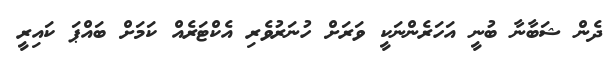
ދެން ޝަބާނާ ބުނީ އަހަރެންނަކީ ވަރަށް ހުނަރުވެރި އެކްޓަރެއް ކަމަށް ބައްޕަ ކައިރީ